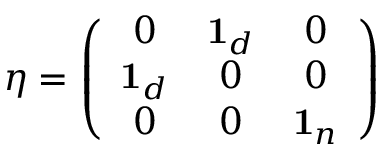
\eta = \left( \begin{array} { c c c } { { 0 } } & { { { \bf 1 } _ { d } } } & { { 0 } } \\ { { { \bf 1 } _ { d } } } & { { 0 } } & { { 0 } } \\ { { 0 } } & { { 0 } } & { { { \bf 1 } _ { n } } } \end{array} \right)